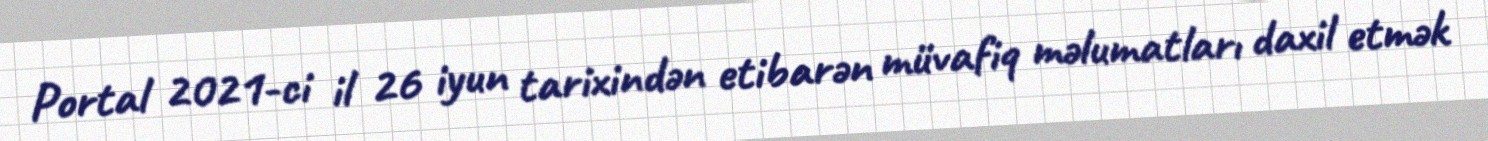
Portal 2021-ci il 26 iyun tarixindən etibarən müvafiq məlumatları daxil etmək